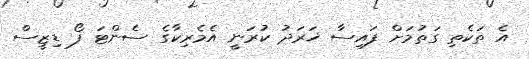
އެ ތަކެތި ގަތުމަށް ފައިސާ ޚަރަދު ކުރަނީ އެމެރިކާގެ ސެންޓަ ފޯ ޑިޒީސް